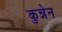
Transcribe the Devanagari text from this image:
कुन्नेन